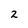
Character: 2